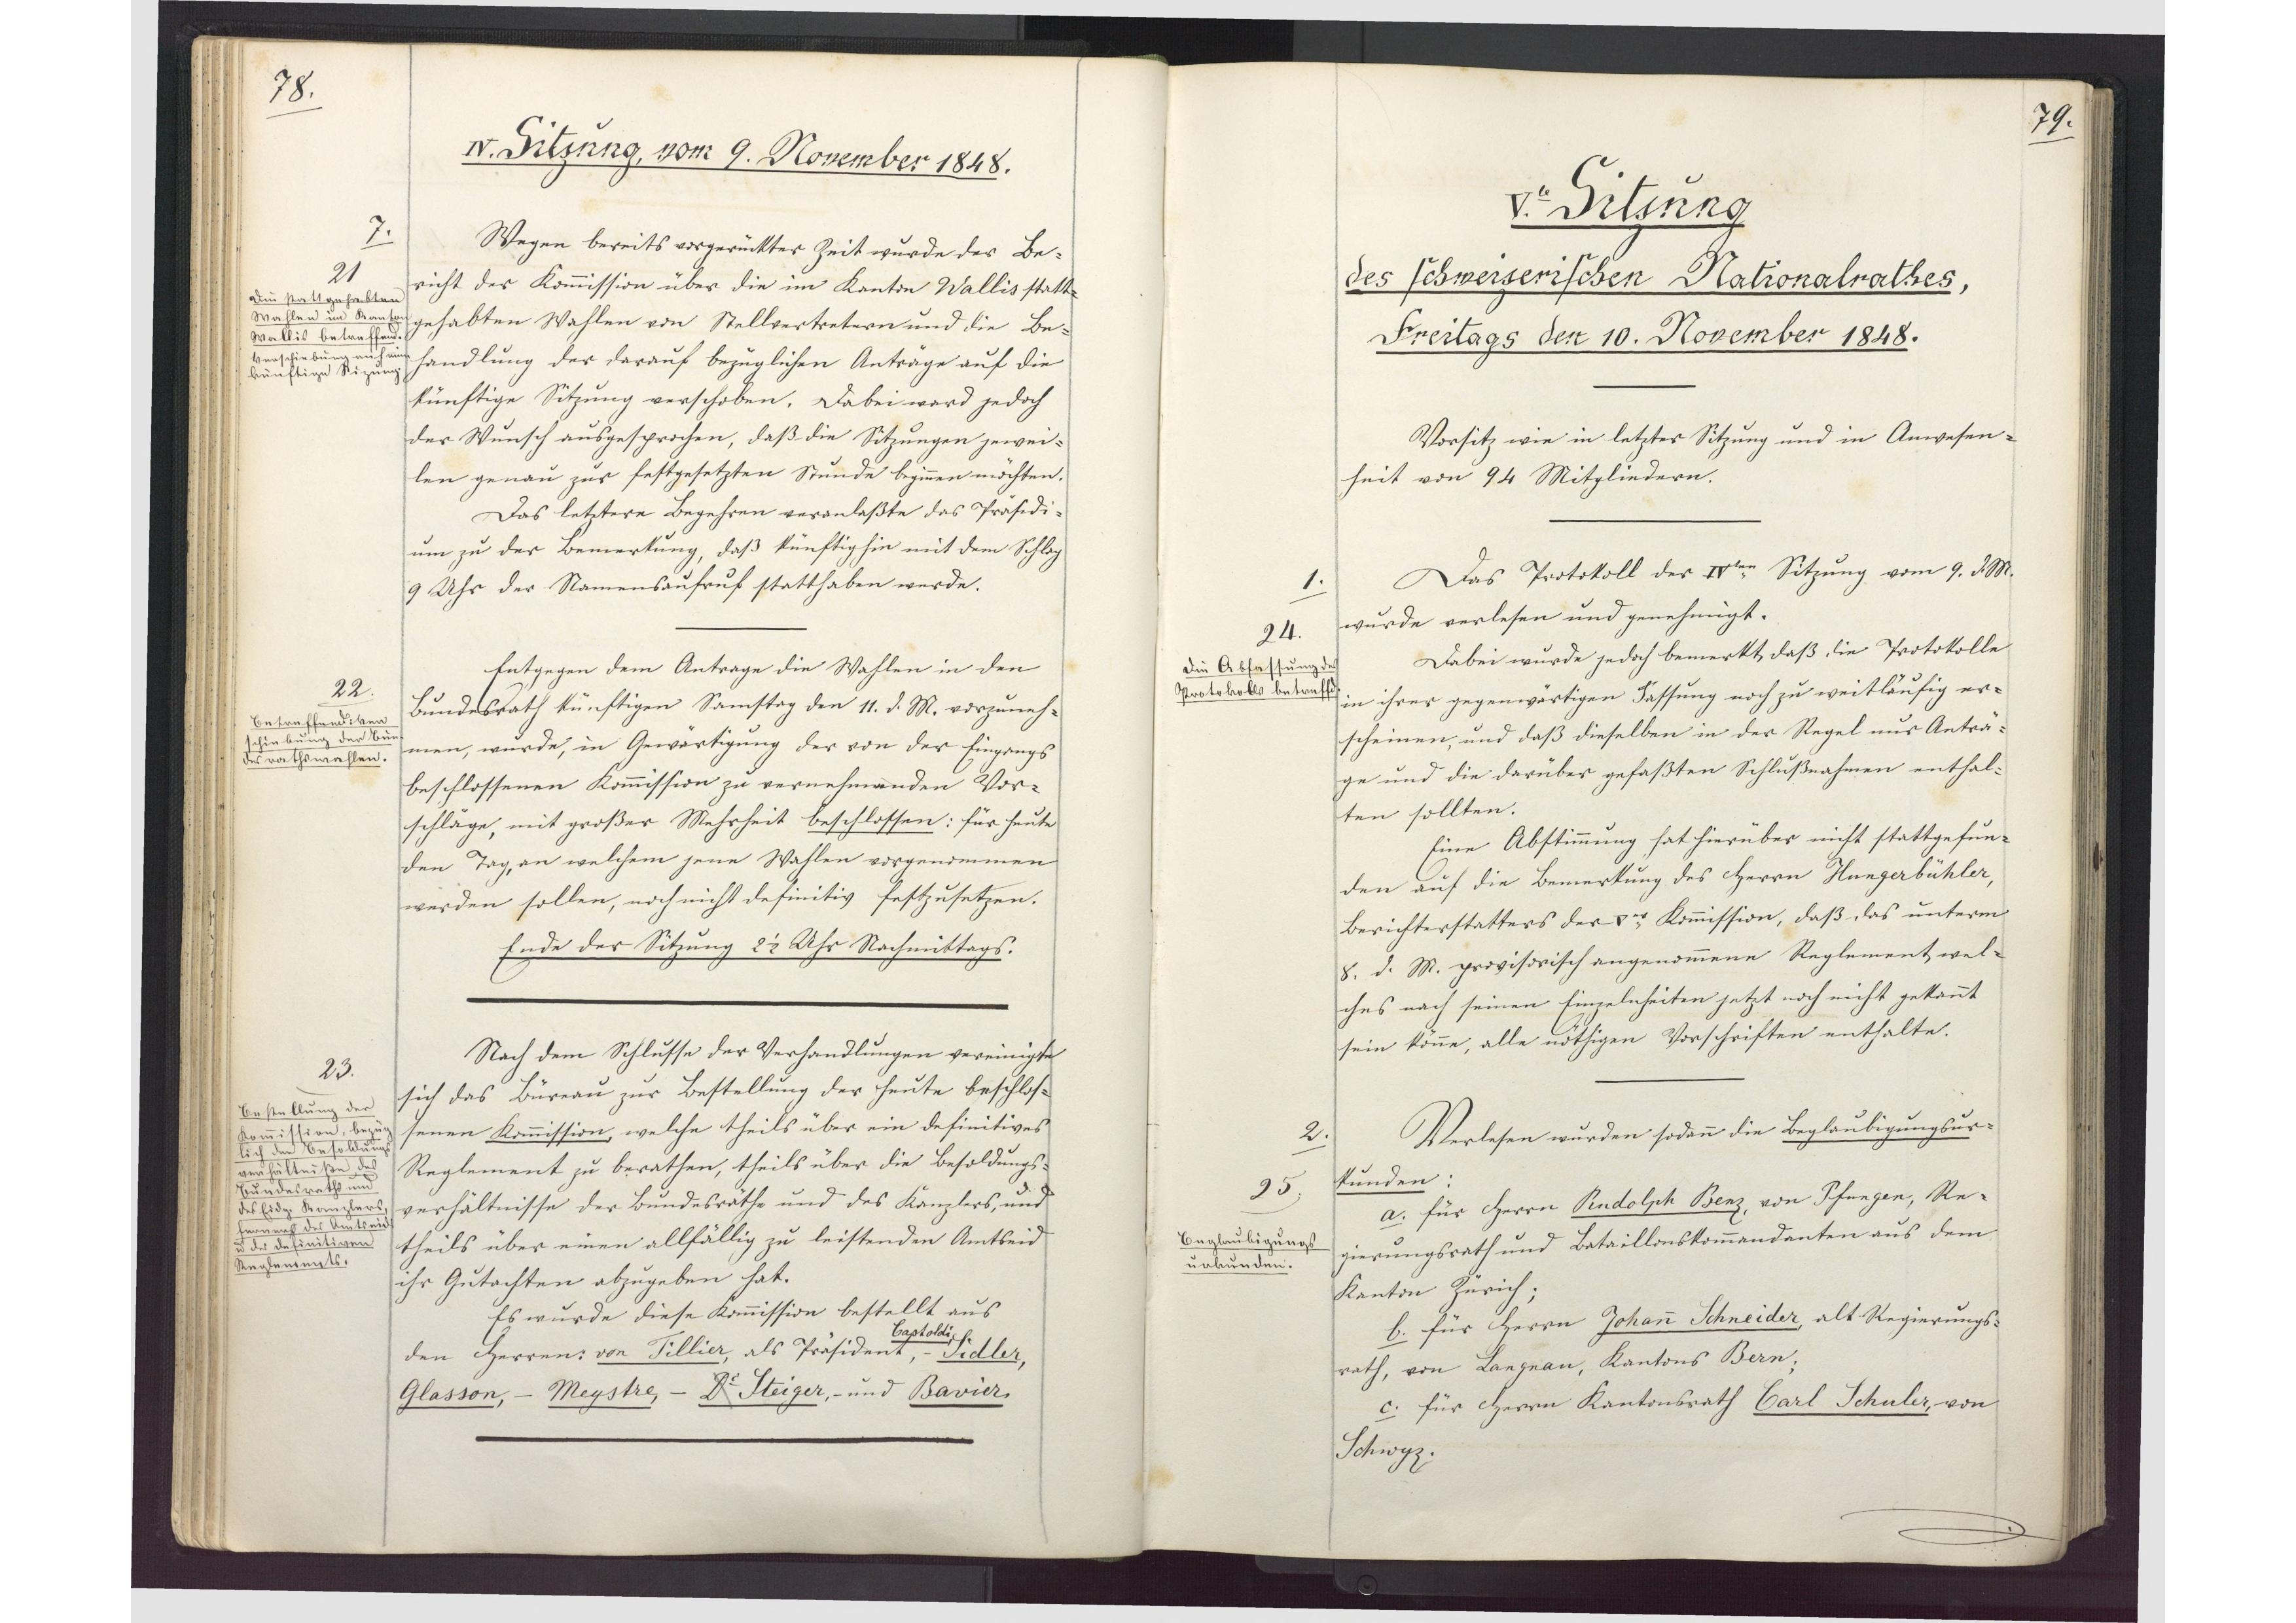
78.

IV. Sitzung, vom 9. November 1848.

Wegen bereits vorgerückter Zeit wurde der Be¬
richt der Kommission über die im Kanton Wallis statt¬
gehabten Wahlen von Stellvertretern und die Be¬
handlung der darauf bezüglichen Anträge auf die
künftige Sitzung verschoben. Dabei wird jedoch
der Wunsch ausgesprochen, daß die Sitzungen jewei¬
len genau zur festgesetzten Stunde beginnen möchten.
Das letztere Begehren veranlaßte das Präsidi¬
um zu der Bemerkung, daß künftighie mit dem Schlag
9 Uhr der Namensaufruf statthaben werde.
Entgegen dem Antrage die Wahlen in den
Bundesrath künftigen Samstag den 11. d. M. vorzuneh¬
men, wurde, in Gewärtigung der von der Eingangs
beschlossenen Kommission zu vernehmenden Vor¬
schläge, mit großer Mehrheit beschlossen: für heute
den Tag, an welchem jene Wahlen vorgenommen
werden sollen, noch nicht definitiv festzusetzen.
Ende der Sitzung 2 1/2 Uhr Nachmittags.
Nach dem Schlusse der Verhandlungen vereinigte
sich das Büreau zur Bestellung der Heute beschlos¬
senen Kommission, welche theils über ein definitives
Reglement zu berathen, theils über die Besoldungs¬
verhältnisse der Bundesräthe und des Kanzlers, und
theils über einen allfällig zu leistenden Amtseid
ihr Gutachten abzugeben hat.
Es wurde diese Kommission bestellt aus
den Herren von Tillier, als Präsident, Sidler,
Castoldi
Glasson, - Meystre, - Dr Steiger, - und Bavier.

7.
21
Die stattgehabten
Wahlen im Kanton
Wallis betreffend.
Verschiebung auf eine
künftige Sizung.

22.
Betreffend: Ver¬
schiebung der Bun¬
desrathswahlen.

23.
Bestellung der
Kommission, bezüg¬
lich den Besoldungs¬
verhältniße des
Bundesraths und
des Eidg. Kanzlers,
ferner des Amtseids
und des definitiven
Reglements.